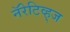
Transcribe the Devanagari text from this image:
नॅरेटिव्ह्‌ज